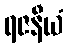
ရဇနီယံ